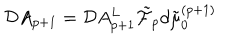
LaTeX: { \cal D } A _ { p + 1 } = { \cal D } A _ { p + 1 } ^ { L } \tilde { { \cal F } } _ { p } d \tilde { \mu } _ { 0 } ^ { ( p + 1 ) }